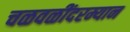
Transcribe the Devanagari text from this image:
चळवळींदरम्यान